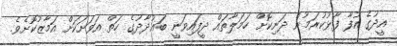
އީދުގެ އުފާ ފާޅުކުރަމުން ދަނިކޮށް ހަމަލާތައް ދީފައިވަނީ ބަޣުދާދުގެ ހަތް އަވަށަކަށް އަމާޒުކޮށެވެ.